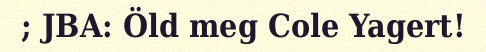
; JBA: Öld meg Cole Yagert!